Vaccination in the Punjab 1919-1929 - 1919-1929
Year: 1919
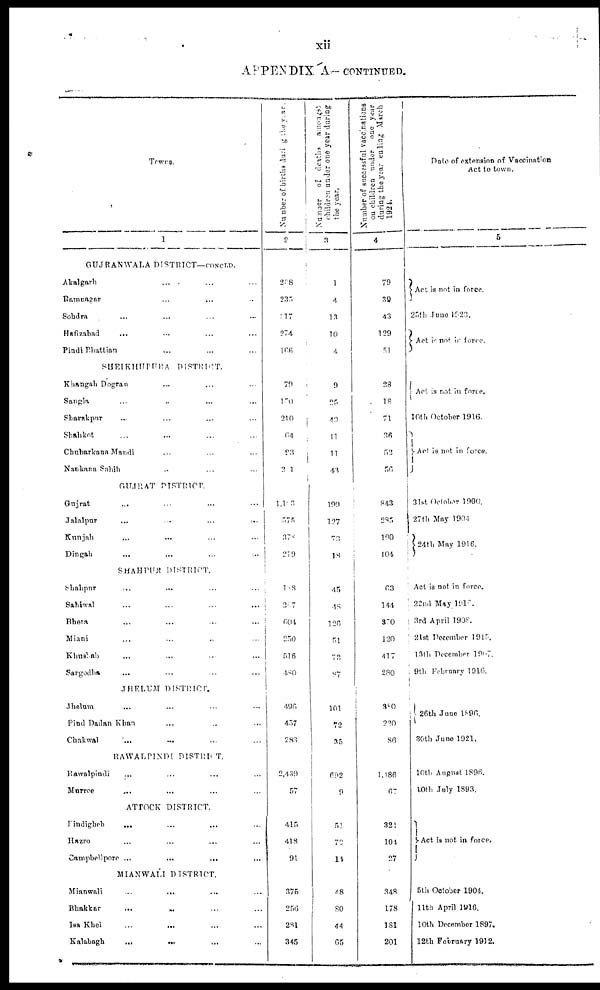
xii
APPENDIX A. — CONTINUED.
Towns
1
GUJRANWALA DISTRICT—CONCLD.
Akalgarh ... ... ...
Ramnagar ... ... ...
Sohdra ... ... ... ...
Hafizabad ... ... ... ...
Pindi Bhattian ... ......
SHEIKHUPURA DISTRICT.
Khangah Dogran ... ... ...
Sangla ... ... ... ...
Sharakpur ... ... ... ...
Shahkot ... ... ... ...
Chuharkana Mandi ... ... ...
Nankana Sahib ... ... ...
GUJRAT DISTRICT.
Gujrat ... ... ... ...
Jalalpur ... ... ... ...
Kunjah ... ... ... ...
Dingah ... ... ... ...
SHAHPUR DISTRICT.
Shahpur ... ... ... ...
Sahiwal ... ... ... ...
Bhera ... ... ... ...
Miani ... ... ... ...
Khushab ... ... ... ...
Sargodha ... ... ... ...
JHELUM DISTRICT.
Jhelum ... ... ... ...
Pind Dadan Khan ... ... ...
Chakwal ... ... ... ...
RAWALPINDI DISTRICT.
Rawalpindi ... ... ... ...
Murree ... ... ... ...
ATTOCK DISTRICT.
Pindigheb
... ... ... ...
Hazro ... ... ... ...
Campbellpore ...
...
...
MIANWALI DISTRICT.
Mianwali
...
... ... ...
Bhakkar
...
... ... ...
Isa Khel ... ... ... ...
Kalabagh
...
... ...
Number of births during the year .
2
208
235
317
274
166
79
170
210
64
93
201
1,103
575
378
210
188
267
604
250
516
480
496
457
283
2,439
57
415
418
91
375
256
281
345
Number of deaths amongst
children under one year during
the year.
3
1
4
13
10
4
9
25
40
11
11
43
199
127
73
18
45
48
126
51
73
87
101
72
35
692
9
51
72
14
48
80
44
65
Number of successful vaccinations
on children under one year
during the year ending March
1924.
4
79
39
43
129
51
28
18
71
36
52
56
843
285
100
104
63
144
370
120
417
280
380
220
86
1,186
67
321
104
27
348
178
181
201
Date of extension of Vaccination
Act to town.
5
Act is not in force.
25th June 1923.
Act is not in force.
Act is not in force.
10th October 1916.
Act is not in force.
31st October 1900.
27th May 1904
24th May 1916.
Act is not in force.
22nd May 1918.
3rd April 1908.
21st December 1915.
13th December 1907.
9th February 1916.
26th June 1896.
30th June 1921.
10th August 1896.
10th July 1893.
Act is not in force.
5th October 1904.
11th April 1916.
10th December 1897.
12th February 1912.